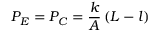
P _ { E } = P _ { C } = \frac { k } { A } \left( L - l \right)